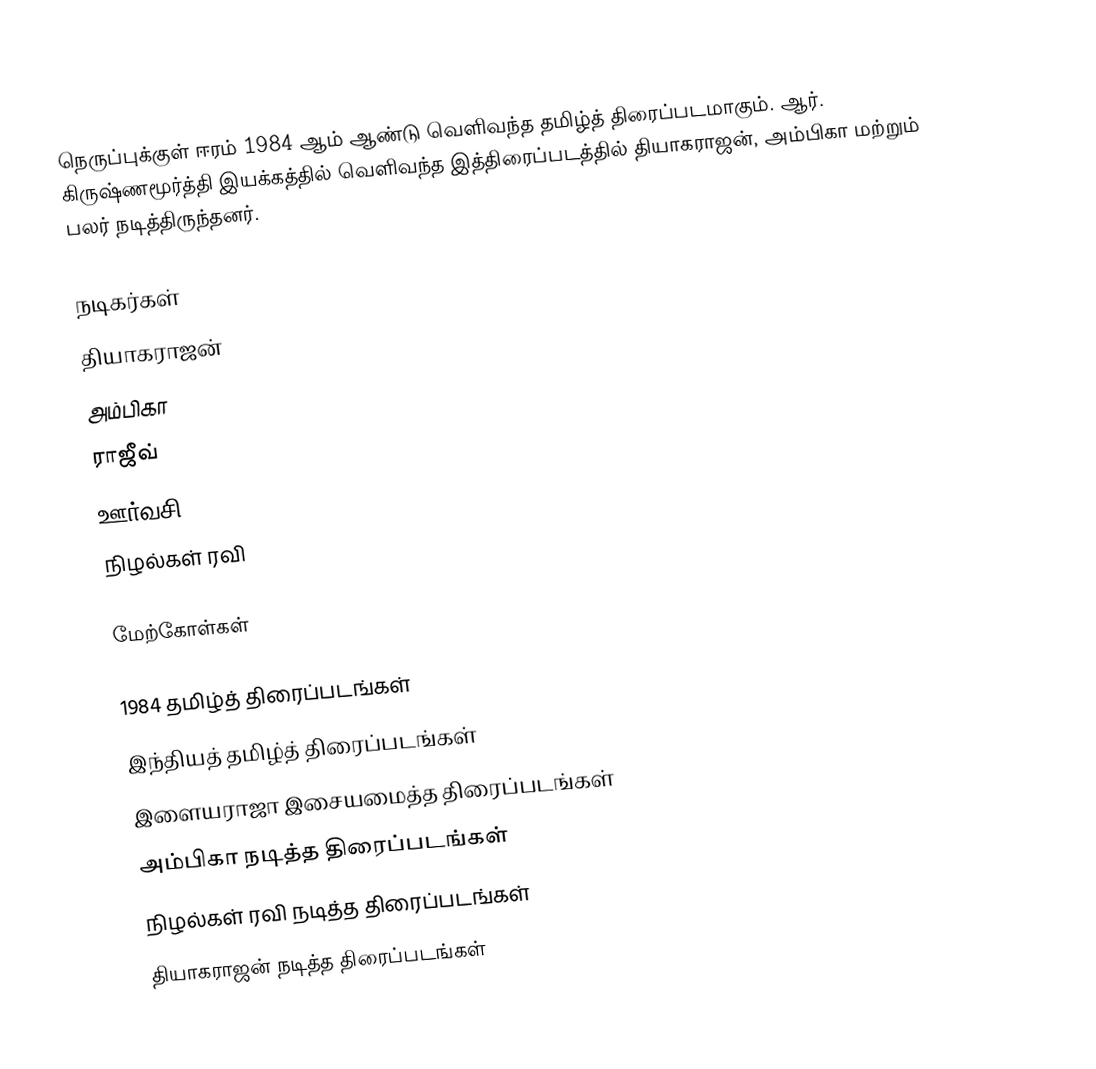
நெருப்புக்குள் ஈரம் 1984 ஆம் ஆண்டு வெளிவந்த தமிழ்த் திரைப்படமாகும். ஆர். கிருஷ்ணமூர்த்தி இயக்கத்தில் வெளிவந்த இத்திரைப்படத்தில் தியாகராஜன், அம்பிகா மற்றும் பலர் நடித்திருந்தனர்.

நடிகர்கள்
 தியாகராஜன்
 அம்பிகா
 ராஜீவ்
 ஊர்வசி
 நிழல்கள் ரவி

மேற்கோள்கள்

1984 தமிழ்த் திரைப்படங்கள்
இந்தியத் தமிழ்த் திரைப்படங்கள்
இளையராஜா இசையமைத்த திரைப்படங்கள்
அம்பிகா நடித்த திரைப்படங்கள்
நிழல்கள் ரவி நடித்த திரைப்படங்கள்
தியாகராஜன் நடித்த திரைப்படங்கள்